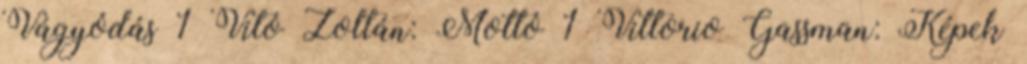
Vágyódás 1 Vitó Zoltán: Mottó 1 Vittorio Gassman: Képek